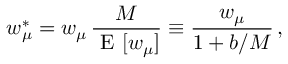
w _ { \mu } ^ { \ast } = w _ { \mu } \, \frac { M } { \mathrm { ~ E ~ } [ w _ { \mu } ] } \equiv \frac { w _ { \mu } } { 1 + b / M } \, ,